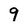
Character: 9